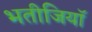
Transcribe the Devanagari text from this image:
भतीजियाॅ